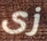
زى